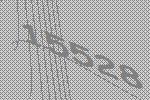
15528